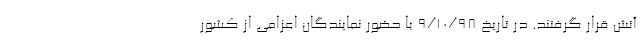
آتش قرار گرفتند. در تاریخ ۹/۱۰/۹۸ با حضور نمایندگان اعزامی از کشور